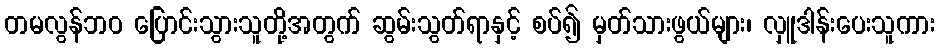
တမလွန်ဘဝ ပြောင်းသွားသူတို့အတွက် ဆွမ်းသွတ်ရာနှင့် စပ်၍ မှတ်သားဖွယ်များ၊ လှူဒါန်းပေးသူကား